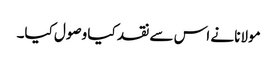
مولانا نے اس سے نقد کیا وصول کیا۔